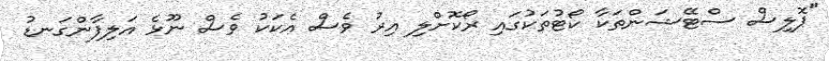
"ޕޮލިސް ސްޓޭޝަންތަކާ ކޯޓުތަކުގައި ރޯކޮށްލި އިރު ވެސް އެކަކު ވެސް ނޫޅެ އަލިފާންގަނޑު